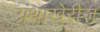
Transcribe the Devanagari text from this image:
ग्रंथाखेरीज